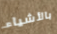
بالأشياء